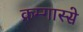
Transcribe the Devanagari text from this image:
क्रम्गास्से